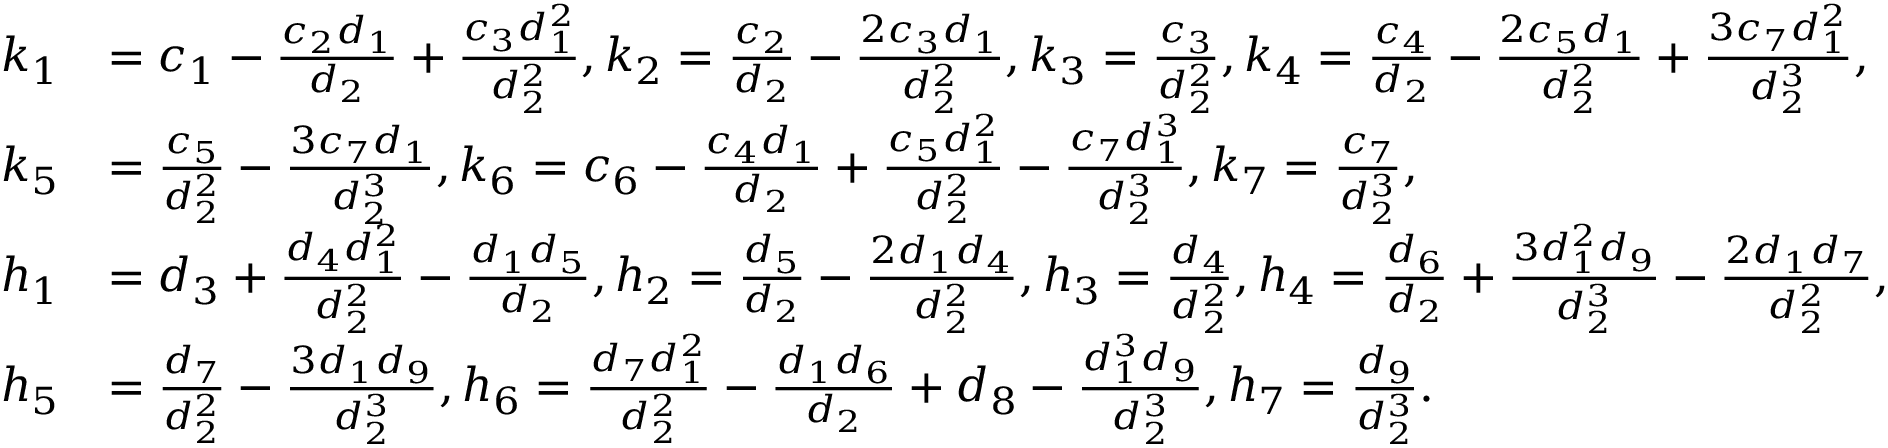
\begin{array} { r l } { k _ { 1 } } & { = c _ { 1 } - \frac { c _ { 2 } d _ { 1 } } { d _ { 2 } } + \frac { c _ { 3 } d _ { 1 } ^ { 2 } } { d _ { 2 } ^ { 2 } } , k _ { 2 } = \frac { c _ { 2 } } { d _ { 2 } } - \frac { 2 c _ { 3 } d _ { 1 } } { d _ { 2 } ^ { 2 } } , k _ { 3 } = \frac { c _ { 3 } } { d _ { 2 } ^ { 2 } } , k _ { 4 } = \frac { c _ { 4 } } { d _ { 2 } } - \frac { 2 c _ { 5 } d _ { 1 } } { d _ { 2 } ^ { 2 } } + \frac { 3 c _ { 7 } d _ { 1 } ^ { 2 } } { d _ { 2 } ^ { 3 } } , } \\ { k _ { 5 } } & { = \frac { c _ { 5 } } { d _ { 2 } ^ { 2 } } - \frac { 3 c _ { 7 } d _ { 1 } } { d _ { 2 } ^ { 3 } } , k _ { 6 } = c _ { 6 } - \frac { c _ { 4 } d _ { 1 } } { d _ { 2 } } + \frac { c _ { 5 } d _ { 1 } ^ { 2 } } { d _ { 2 } ^ { 2 } } - \frac { c _ { 7 } d _ { 1 } ^ { 3 } } { d _ { 2 } ^ { 3 } } , k _ { 7 } = \frac { c _ { 7 } } { d _ { 2 } ^ { 3 } } , } \\ { h _ { 1 } } & { = d _ { 3 } + \frac { d _ { 4 } d _ { 1 } ^ { 2 } } { d _ { 2 } ^ { 2 } } - \frac { d _ { 1 } d _ { 5 } } { d _ { 2 } } , h _ { 2 } = \frac { d _ { 5 } } { d _ { 2 } } - \frac { 2 d _ { 1 } d _ { 4 } } { d _ { 2 } ^ { 2 } } , h _ { 3 } = \frac { d _ { 4 } } { d _ { 2 } ^ { 2 } } , h _ { 4 } = \frac { d _ { 6 } } { d _ { 2 } } + \frac { 3 d _ { 1 } ^ { 2 } d _ { 9 } } { d _ { 2 } ^ { 3 } } - \frac { 2 d _ { 1 } d _ { 7 } } { d _ { 2 } ^ { 2 } } , } \\ { h _ { 5 } } & { = \frac { d _ { 7 } } { d _ { 2 } ^ { 2 } } - \frac { 3 d _ { 1 } d _ { 9 } } { d _ { 2 } ^ { 3 } } , h _ { 6 } = \frac { d _ { 7 } d _ { 1 } ^ { 2 } } { d _ { 2 } ^ { 2 } } - \frac { d _ { 1 } d _ { 6 } } { d _ { 2 } } + d _ { 8 } - \frac { d _ { 1 } ^ { 3 } d _ { 9 } } { d _ { 2 } ^ { 3 } } , h _ { 7 } = \frac { d _ { 9 } } { d _ { 2 } ^ { 3 } } . } \end{array}